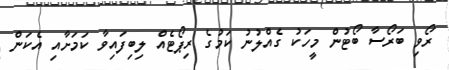
ރޯވި ބަރޯސާ ބޯޓުން މީހަކު ގެއްލުނު ކަމުގެ ރިޕޯޓެއް ލިބިފައިވާ ކަމަށާއި އެކަން